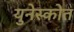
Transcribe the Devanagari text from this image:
युनेस्कोत